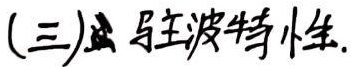
(三)驻波特性.